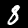
Label: 8